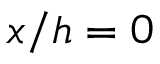
x / h = 0